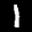
Label: 1